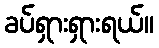
ခပ်ရှားရှားရယ်။